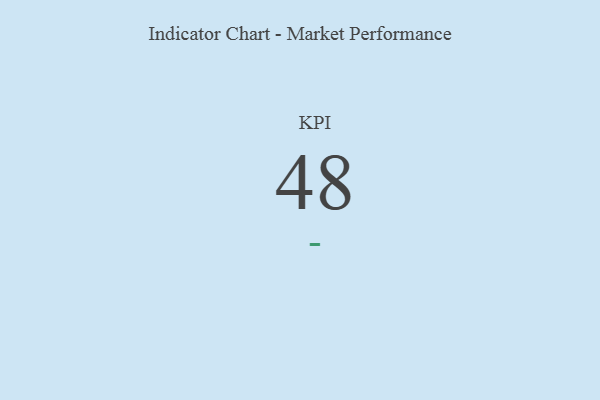
{"axis": {"x": "KPI", "y": "Value"}, "legend": [""], "data": [{"x": "KPI", "y": 48, "type": ""}]}